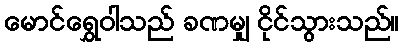
မောင်ရွှေဝါသည် ခဏမျှ ငိုင်သွားသည်။